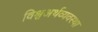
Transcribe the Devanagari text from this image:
विश्वअर्थव्यवस्था